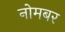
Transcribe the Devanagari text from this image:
नोमबर